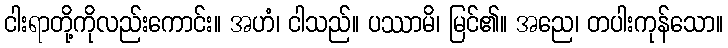
ငါးရာတို့ကိုလည်းကောင်း။ အဟံ၊ ငါသည်။ ပဿာမိ၊ မြင်၏။ အညေ၊ တပါးကုန်သော။